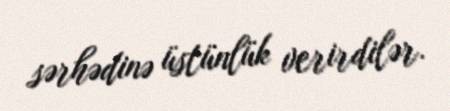
sərhədinə üstünlük verirdilər.